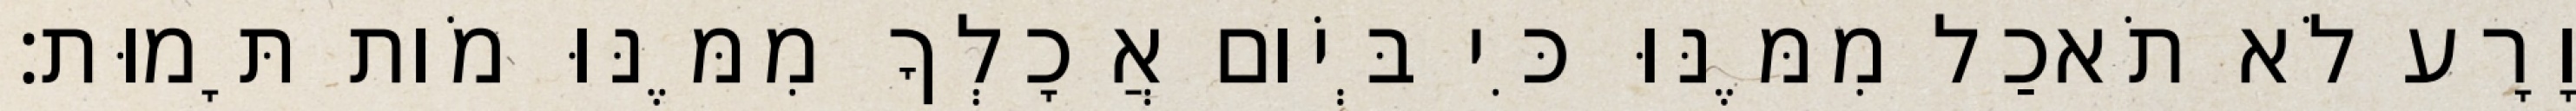
וָרָע לֹא תֹאכַל מִמֶּנּוּ כִּי בְּיֹום אֲכָלְךָ מִמֶּנּוּ מֹות תָּמוּת׃